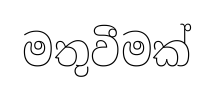
මතුවීමක්